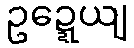
ဥဍ္ဍေယျ